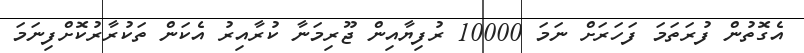
އެގޮތުން ފުރަތަމަ ފަހަރަށް ނަމަ 10000 ރުފިޔާއިން ޖޫރިމަނާ ކުރާއިރު އެކަން ތަކުރާރުކޮށްފިނަމަ